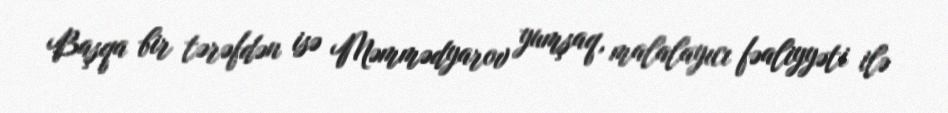
Başqa bir tərəfdən isə Məmmədyarov yumşaq, malalayıcı fəaliyyəti ilə